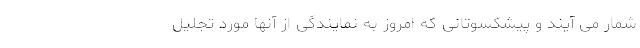
شمار می آیند و پیشکسوتانی که امروز به نمایندگی از آنها مورد تجلیل